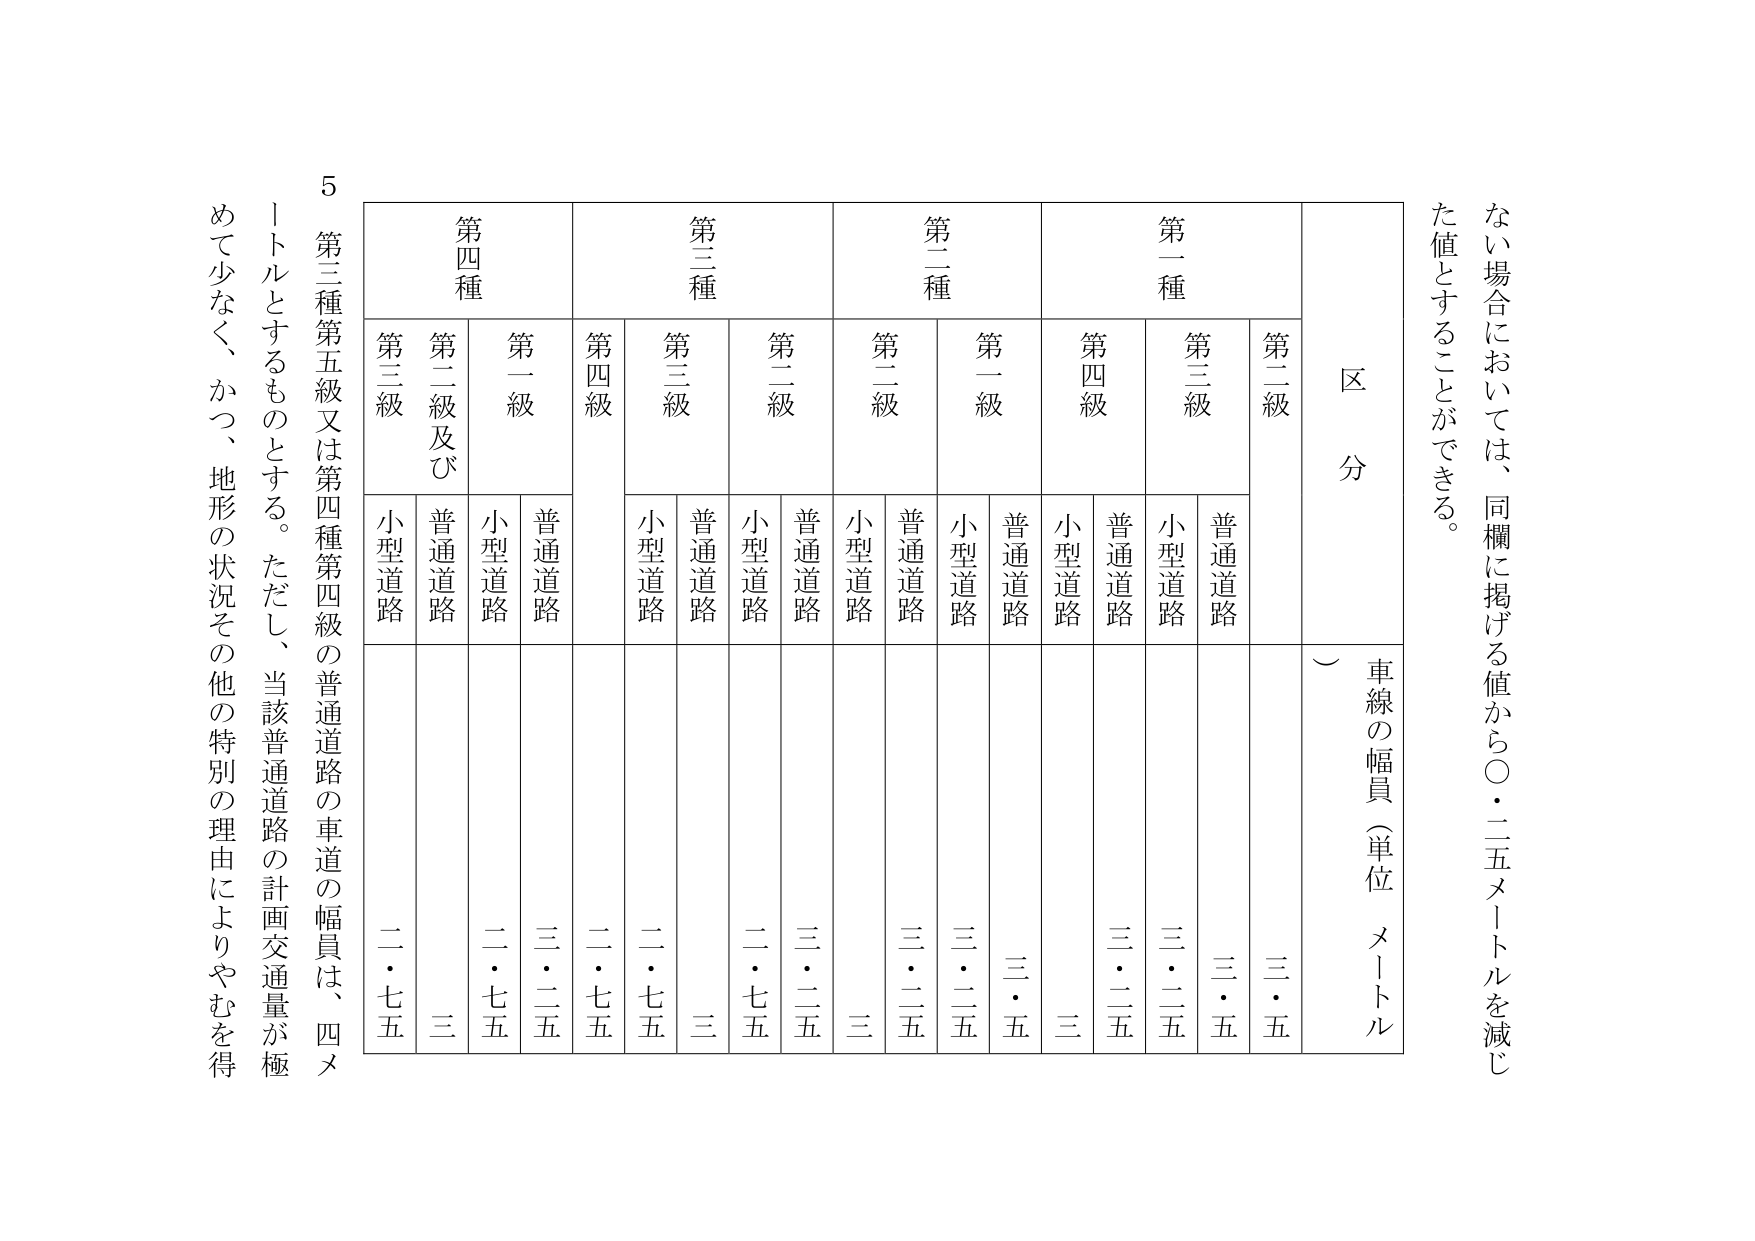
5
第三種第五級又は第四種第四級の普通道路の車道の幅員は、四メ
ートルとするものとする。ただし、当該普通道路の計画交通量が極
めて少なく、かつ、地形の状況その他の特別の理由によりやむを得
ない場合においては、同欄に掲げる値から〇・二五メートルを減じ
た値とすることができる。
区 分
車線の幅員（単位 メートル）
第一種
第二種
第三種
第四種
第二級
第三級
第四級
第二級
第三級
第四級
第一級
第二級及び
第三級
第一級
普通道路
小型道路
普通道路
小型道路
普通道路
小型道路
普通道路
小型道路
普通道路
小型道路
普通道路
小型道路
普通道路
小型道路
普通道路
小型道路
普通道路
小型道路
三・五
三・二五
三・二五
三
三・二五
三
三・二五
三
三・二五
三
三・二五
三
三・二五
三
三・二五
三
三・二五
三
二・七五
三
二・七五
三
二・七五
三
二・七五
三
二・七五
三
二・七五
三
二・七五
三
二・七五
三
二・七五
三
二・七五
三